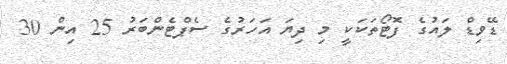
ޑޭވިޑް ލައުގެ ފޮޓޯތަކަކީ މި ދިޔަ އަހަރުގެ ސެޕްޓެންބަރު 25 އިން 30